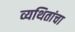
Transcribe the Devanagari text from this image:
व्यथितांचा